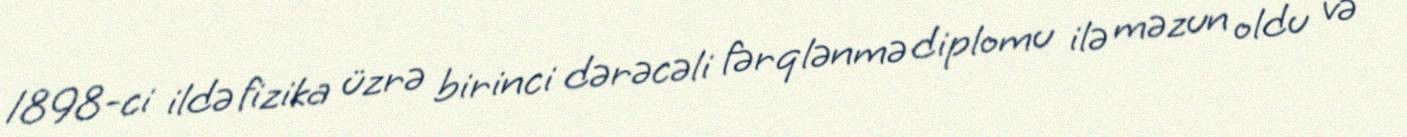
1898-ci ildə fizika üzrə birinci dərəcəli fərqlənmə diplomu ilə məzun oldu və